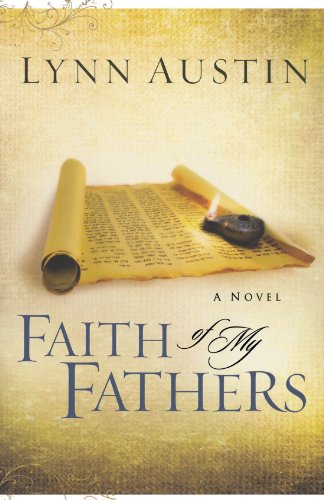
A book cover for Faith of My Fathers (Chronicles of the Kings #4) (Volume 4); Lynn Austin; Romance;